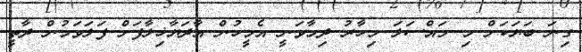
ގިނަ ބަޔަކަށް މި މައްސަލަ މިހާރު ދިމާވަނީ އެމީހުން އާދަޔާޚިލާފަށް ފަލަވަމުން ދާތީ